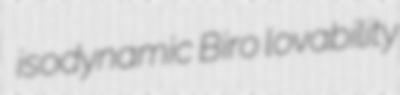
isodynamic Biro lovability